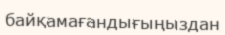
байқамағандығыңыздан